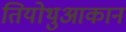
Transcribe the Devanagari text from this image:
तियोथुआकान